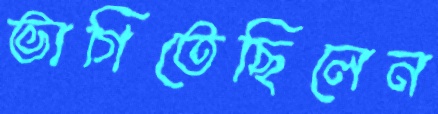
ভাগিতেছিলেন